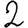
Digit: 2